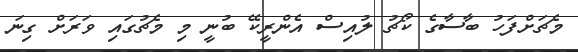
މެޗަށްފަހު ބާސާގެ ކޯޗު ލުއިސް އެންރީކޭ ބުނީ މި މެޗުގައި ވަރަށް ގިނަ